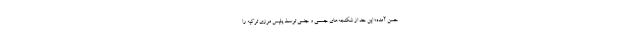
حسن آمده؛ اين حد از شكنجه‌هاي جسمي و جنسي توسط پليس مرزي تركيه را